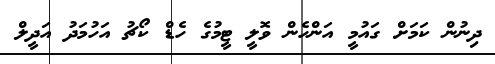
ދިނުން ކަމަށް ގައުމީ އަންހެން ވޮލީ ޓީމުގެ ހެޑް ކޯޗު އަހުމަދު އަދީލް